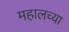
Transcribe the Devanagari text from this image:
महालच्या